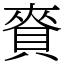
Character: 𧶘